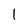
Character: 1